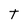
Character: t